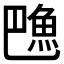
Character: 𱆦